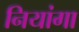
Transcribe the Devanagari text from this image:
नियांगा